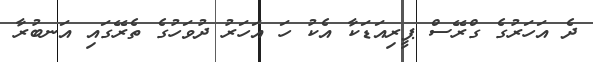
ދެ އަހަރުގެ ގްރޭސް ޕީރިއަޑަކާ އެކު ހަ އަހަރު ދުވަހުގެ ތެރޭގައި އަނބުރާ